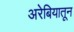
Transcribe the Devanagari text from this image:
अरेबियातून